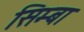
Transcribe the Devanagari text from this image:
सिम्बा